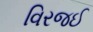
વિરજઈ